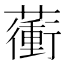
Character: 𧁬